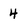
Character: 4